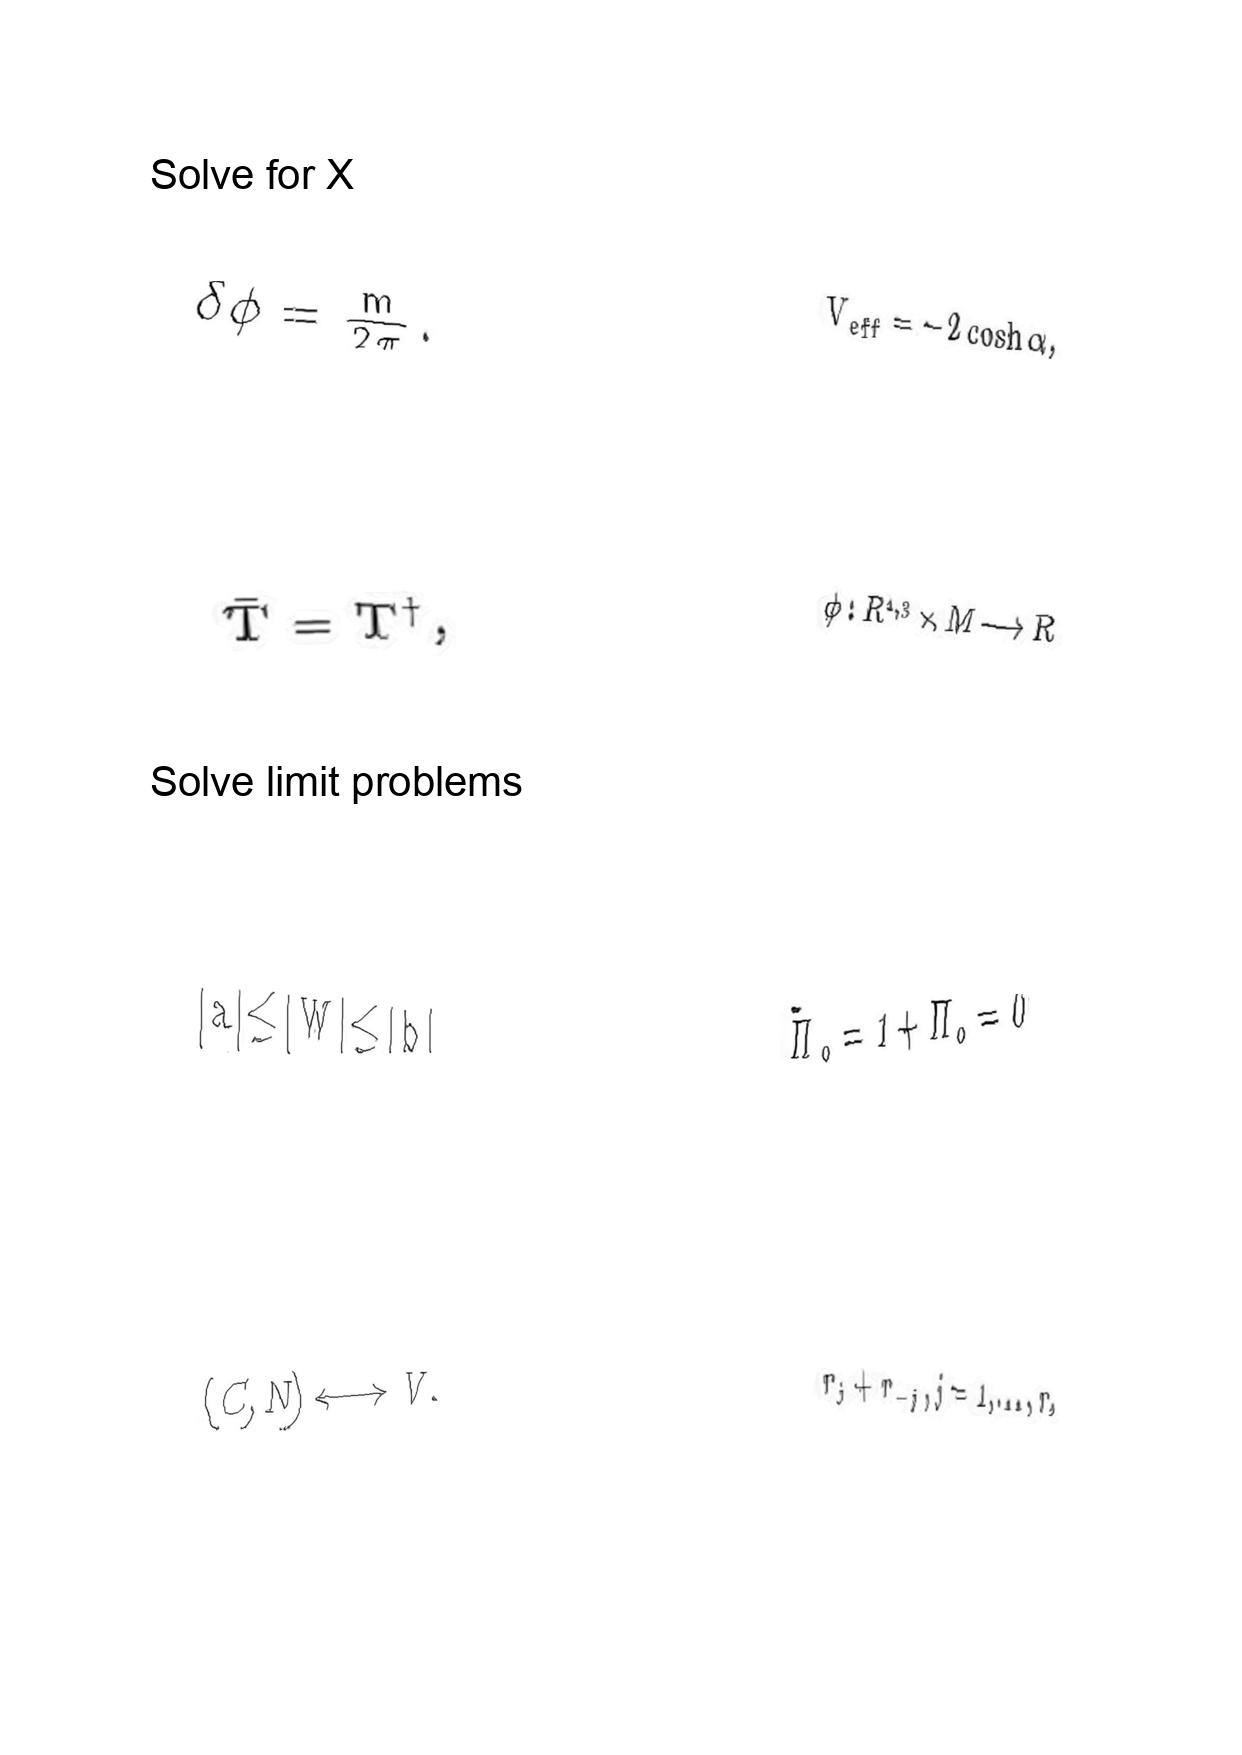
LaTeX transcription:
\delta \phi = \frac { m } { 2 \pi } .
\bar { T } = T ^ { \dagger } ,
\vert a \vert \le \vert W \vert \le \vert b \vert
\lparen C , N \rparen \longleftrightarrow V .
V _ { e f f } = - 2 \cosh \alpha ,
\phi : R ^ { 1 , 3 } \times M \longrightarrow R
\tilde { \Pi } _ { o } = 1 + \Pi _ { o } = 0
r _ { j } + r _ { - j } , j = 1 , \ldots , r ,